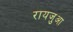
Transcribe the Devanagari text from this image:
रायजुआ